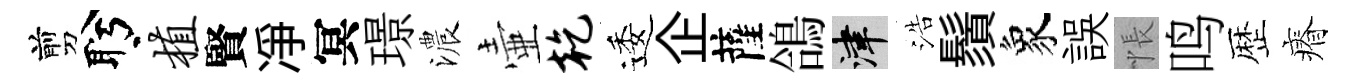
剪盻植賢凈冥璟濃壷乾逶企薩鴿津浩鬚象誤悵鸣歴瘠